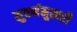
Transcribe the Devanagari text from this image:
सुवर्णमुखरी